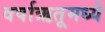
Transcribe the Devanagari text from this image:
वर्षाऋतूमध्ये